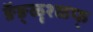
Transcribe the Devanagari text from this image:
ङॅङ्ळृश्ळ्फ्